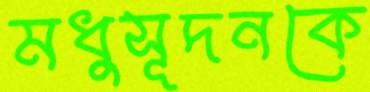
মধুসূদনকে